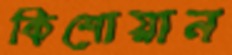
কিশোয়ান